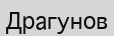
Драгунов